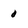
Character: 0